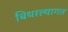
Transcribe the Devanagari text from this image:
बिथरल्यागत